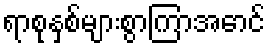
ရာစုနှစ်များစွာကြာအောင်